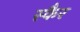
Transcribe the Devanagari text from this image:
स्कैर